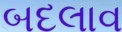
બદલાવ